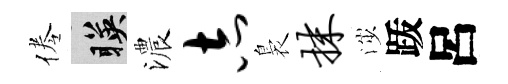
倦暎濃志裊抹渉䟦呂